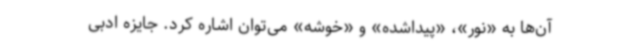
آن‌ها به «نور»، «پیداشده» و «خوشه» می‌توان اشاره کرد. جایزه ادبی